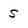
Character: s